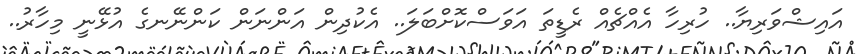
އައިޝްވަރިޔާ.. ހުރިހާ އެއްޗެއް ރެޑީތަ އަވަސްކޮށްބަލަ.. އެކުދިން އަންނަން ކަންނޭނގެ އުޅޭނީ މިހާރު..